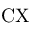
\mathrm { C X }